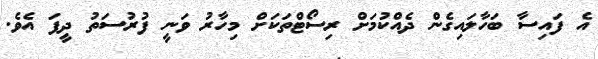
އެ ފައިސާ ބަހާލައިގެން ދެއްކުމަށް ރިސޯޓްތަކަށް މިހާރު ވަނީ ފުރުސަތު ދީފަ އެވެ.